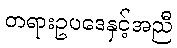
တရားဥပဒေနှင့်အညီ